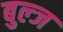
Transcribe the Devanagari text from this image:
बुल्ज